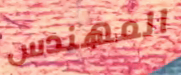
المهندس